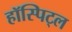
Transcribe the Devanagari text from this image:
हॉस्पिट्ल